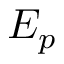
E _ { p }